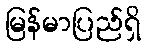
မြန်မာပြည်ရှိ